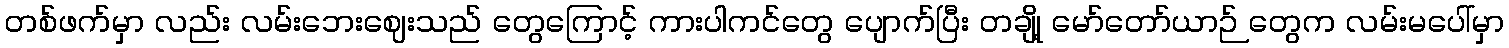
တစ်ဖက်မှာ လည်း လမ်းဘေးဈေးသည် တွေကြောင့် ကားပါကင်တွေ ပျောက်ပြီး တချို့ မော်တော်ယာဉ် တွေက လမ်းမပေါ်မှာ